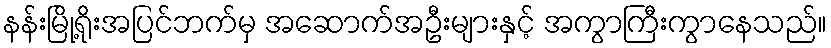
နန်းမြို့ရိုးအပြင်ဘက်မှ အဆောက်အဦးများနှင့် အကွာကြီးကွာနေသည်။